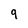
Character: 9